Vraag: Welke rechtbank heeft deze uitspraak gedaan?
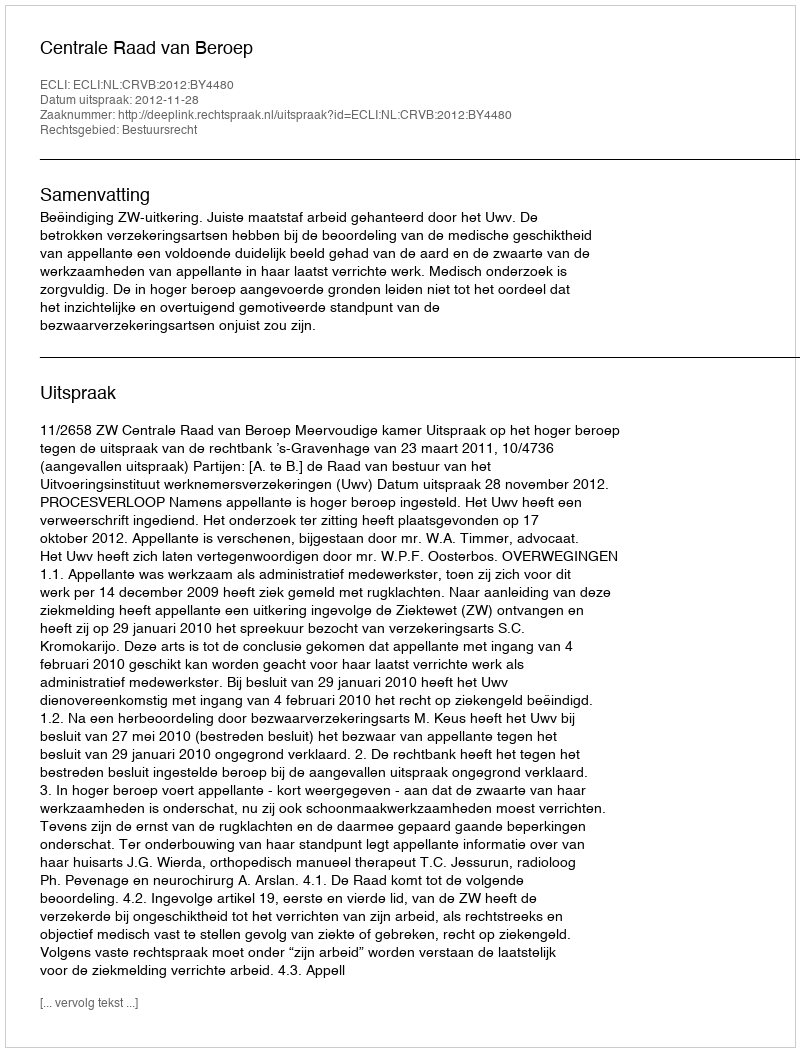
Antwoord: Centrale Raad van Beroep